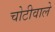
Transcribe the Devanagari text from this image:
चोटीवाले